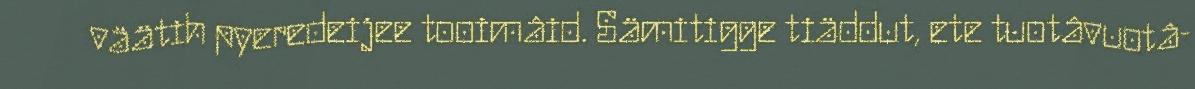
väätih pyeredeijee tooimâid. Sämitigge tiäddut, ete tuotâvuotâ-